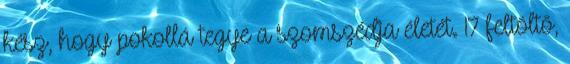
kész, hogy pokollá tegye a szomszédja életét. 17 feltöltő,